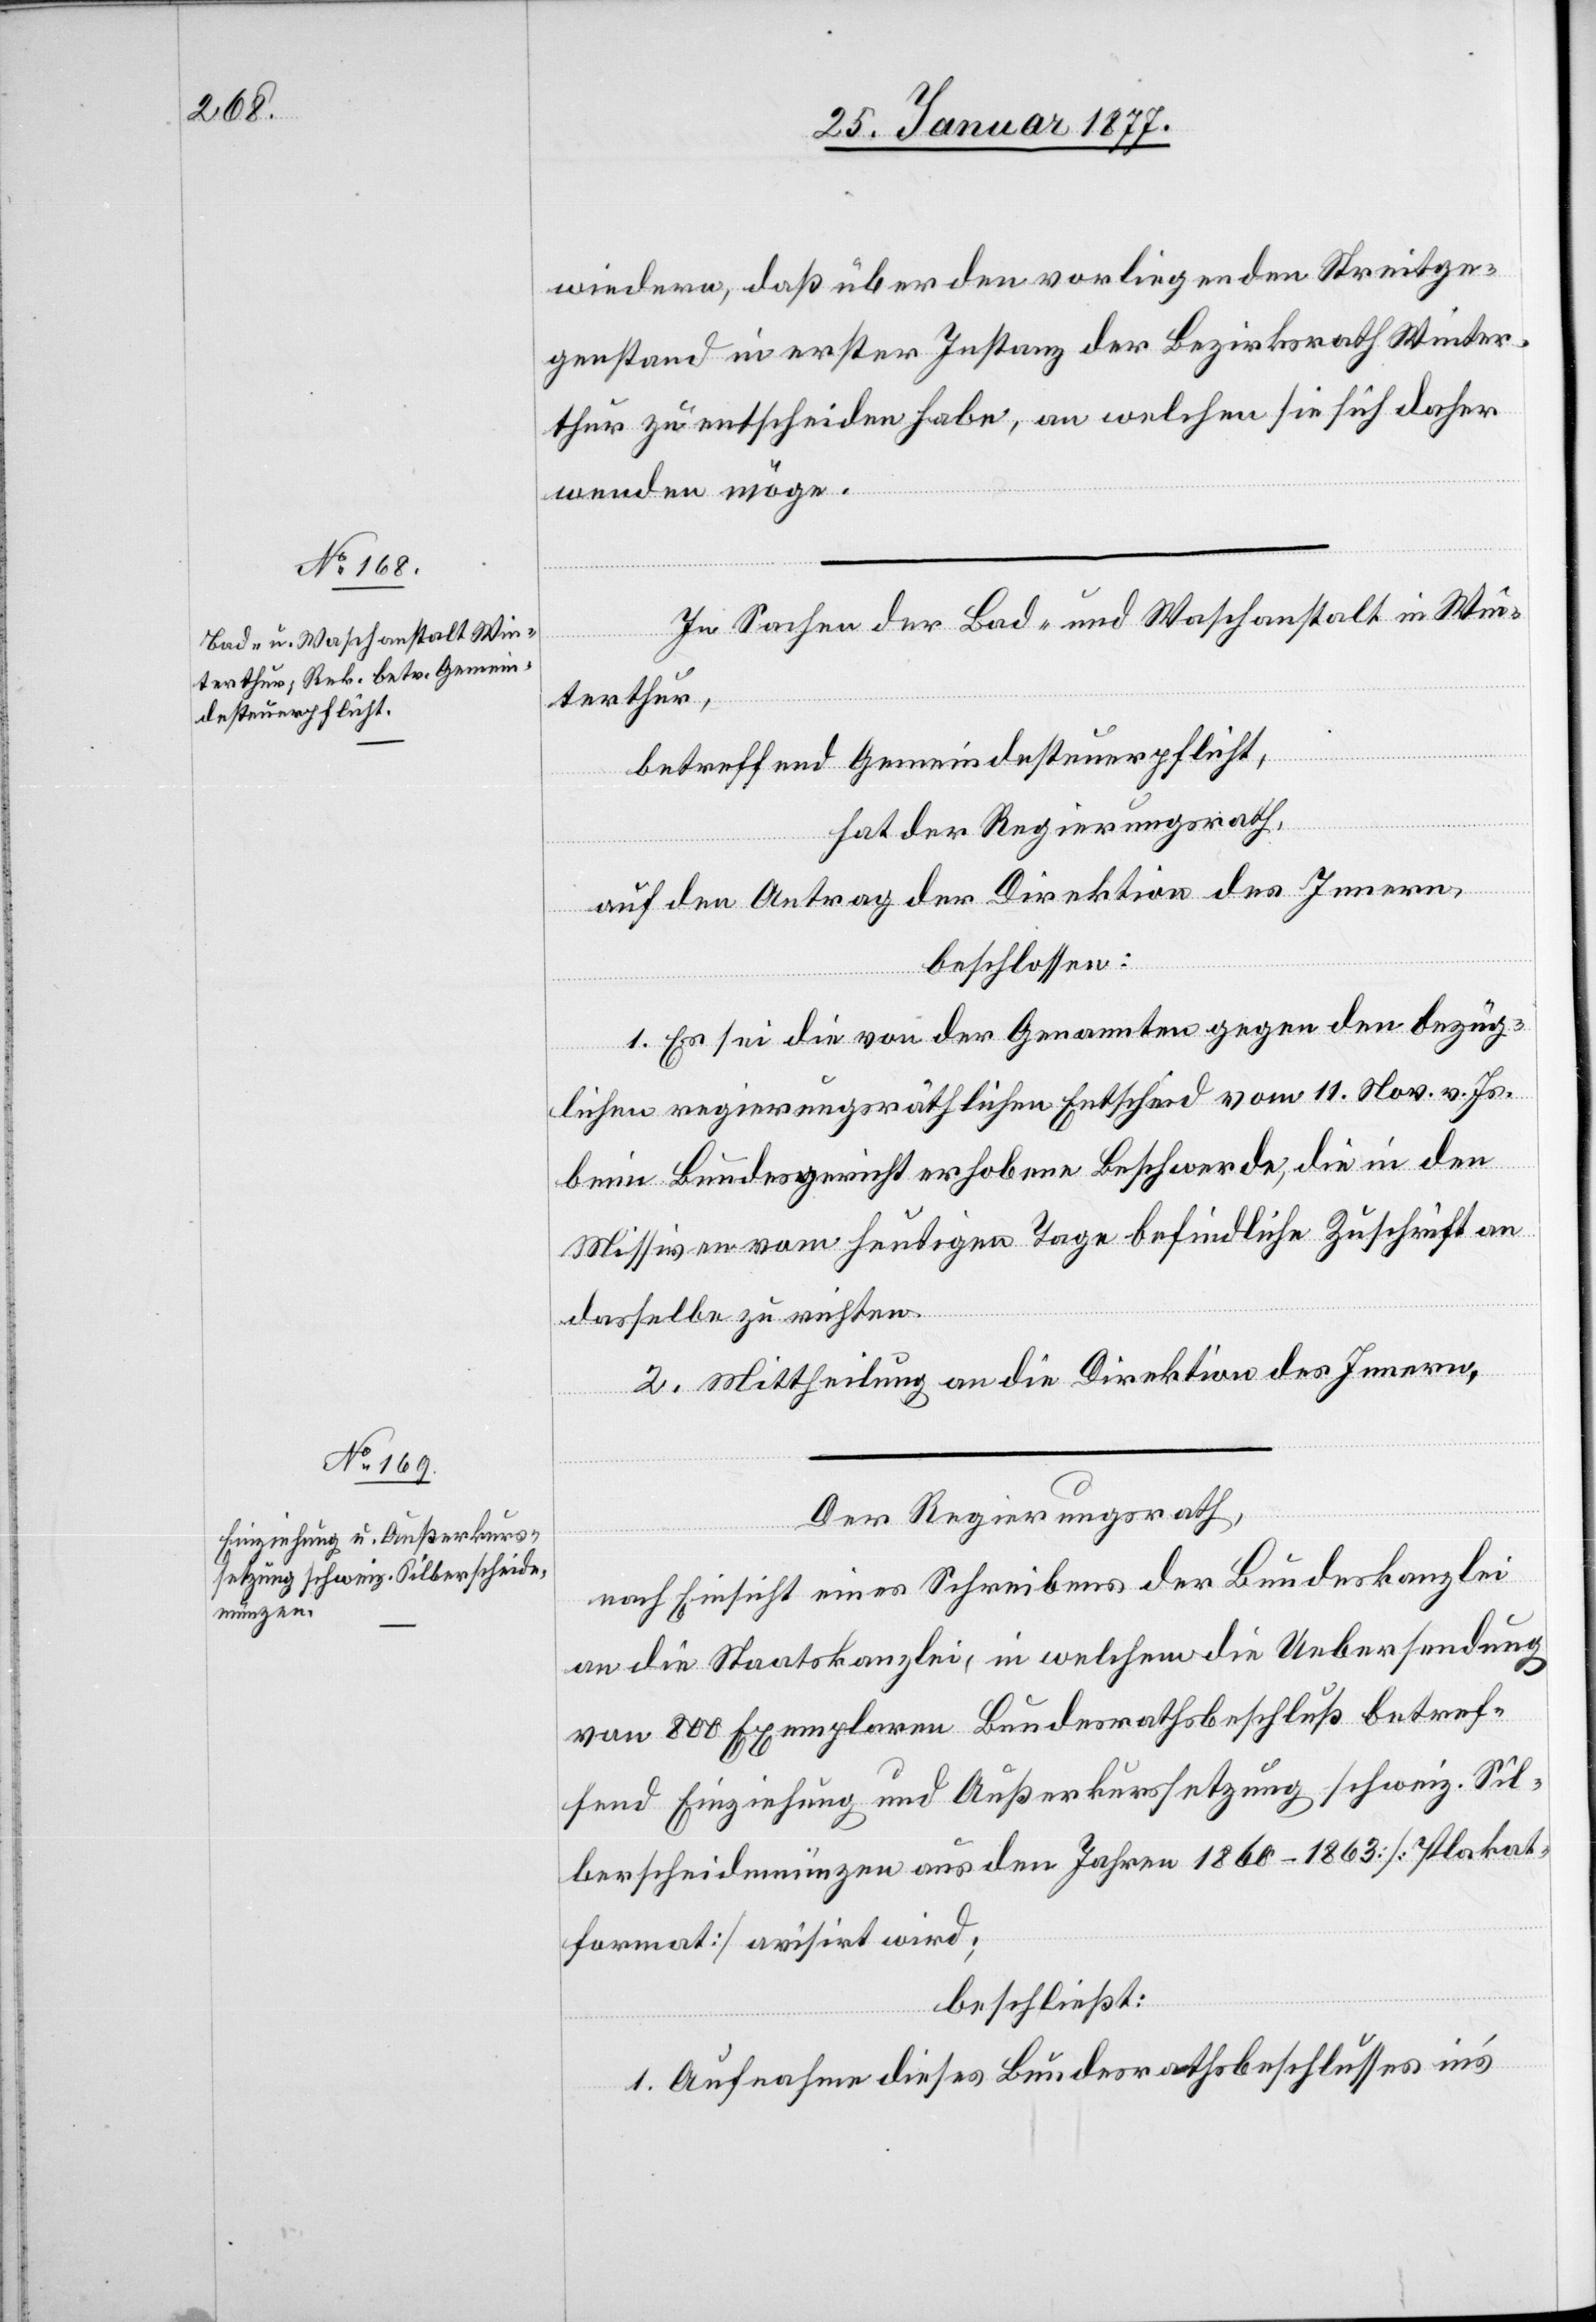
26. Januar 1877.]
wiedern, daß über den vorliegenden Streitge¬
genstand in erster Instanz der Bezirksrath Winter¬
thur zu entscheiden habe, an welchen sie sich daher
wenden möge.
In Sachen der Bad- und Waschanstalt in Win¬
terthur,
betreffend Gemeindesteuerpflicht,
hat der Regierungsrath,
auf den Antrag der Direktion des Innern,
beschlossen:
1. Es sei die von der Genannten gegen den bezüg¬
lichen regierungsräthlichen Entscheid vom 11. Nov. v. Js.
beim Bundesgericht erhobene Beschwerde, die in den
Missiven vom heutigen Tage befindliche Zuschrift an
dasselbe zu richten.
2. Mittheilung an die Direktion des Innern.
Der Regierungsrath,
nach Einsicht eines Schreibens der Bundeskanzlei
an die Staatskanzlei, in welchem die Uebersendung
von 800 Exemplaren Bundesrathsbeschluß betref¬
fend Einziehung und Außerkurssetzung schweiz. Sil¬
berscheidemünzen aus den Jahren 1860–1863 [Plakat¬
format] avisirt wird;
beschließt:
1. Aufnahme dieses Bundesrathsbeschlusses in’s